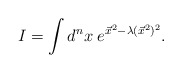
\begin{align*}I=\int d^{n}x\; e^{\vec{x}^{2}-\lambda (\vec{x}^{2})^{2}}.\end{align*}